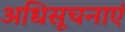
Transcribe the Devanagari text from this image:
अधिसूचनाएं